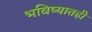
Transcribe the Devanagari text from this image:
भविष्यातही